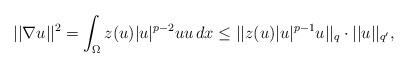
LaTeX: \begin{align*}||\nabla u||^2=\int_{\Omega}z(u)|u|^{p-2}uu\,dx\leq ||z(u)|u|^{p-1}u||_q\cdot||u||_{q'},\end{align*}